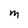
Character: m